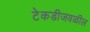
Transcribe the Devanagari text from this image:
टेकडीजवळील